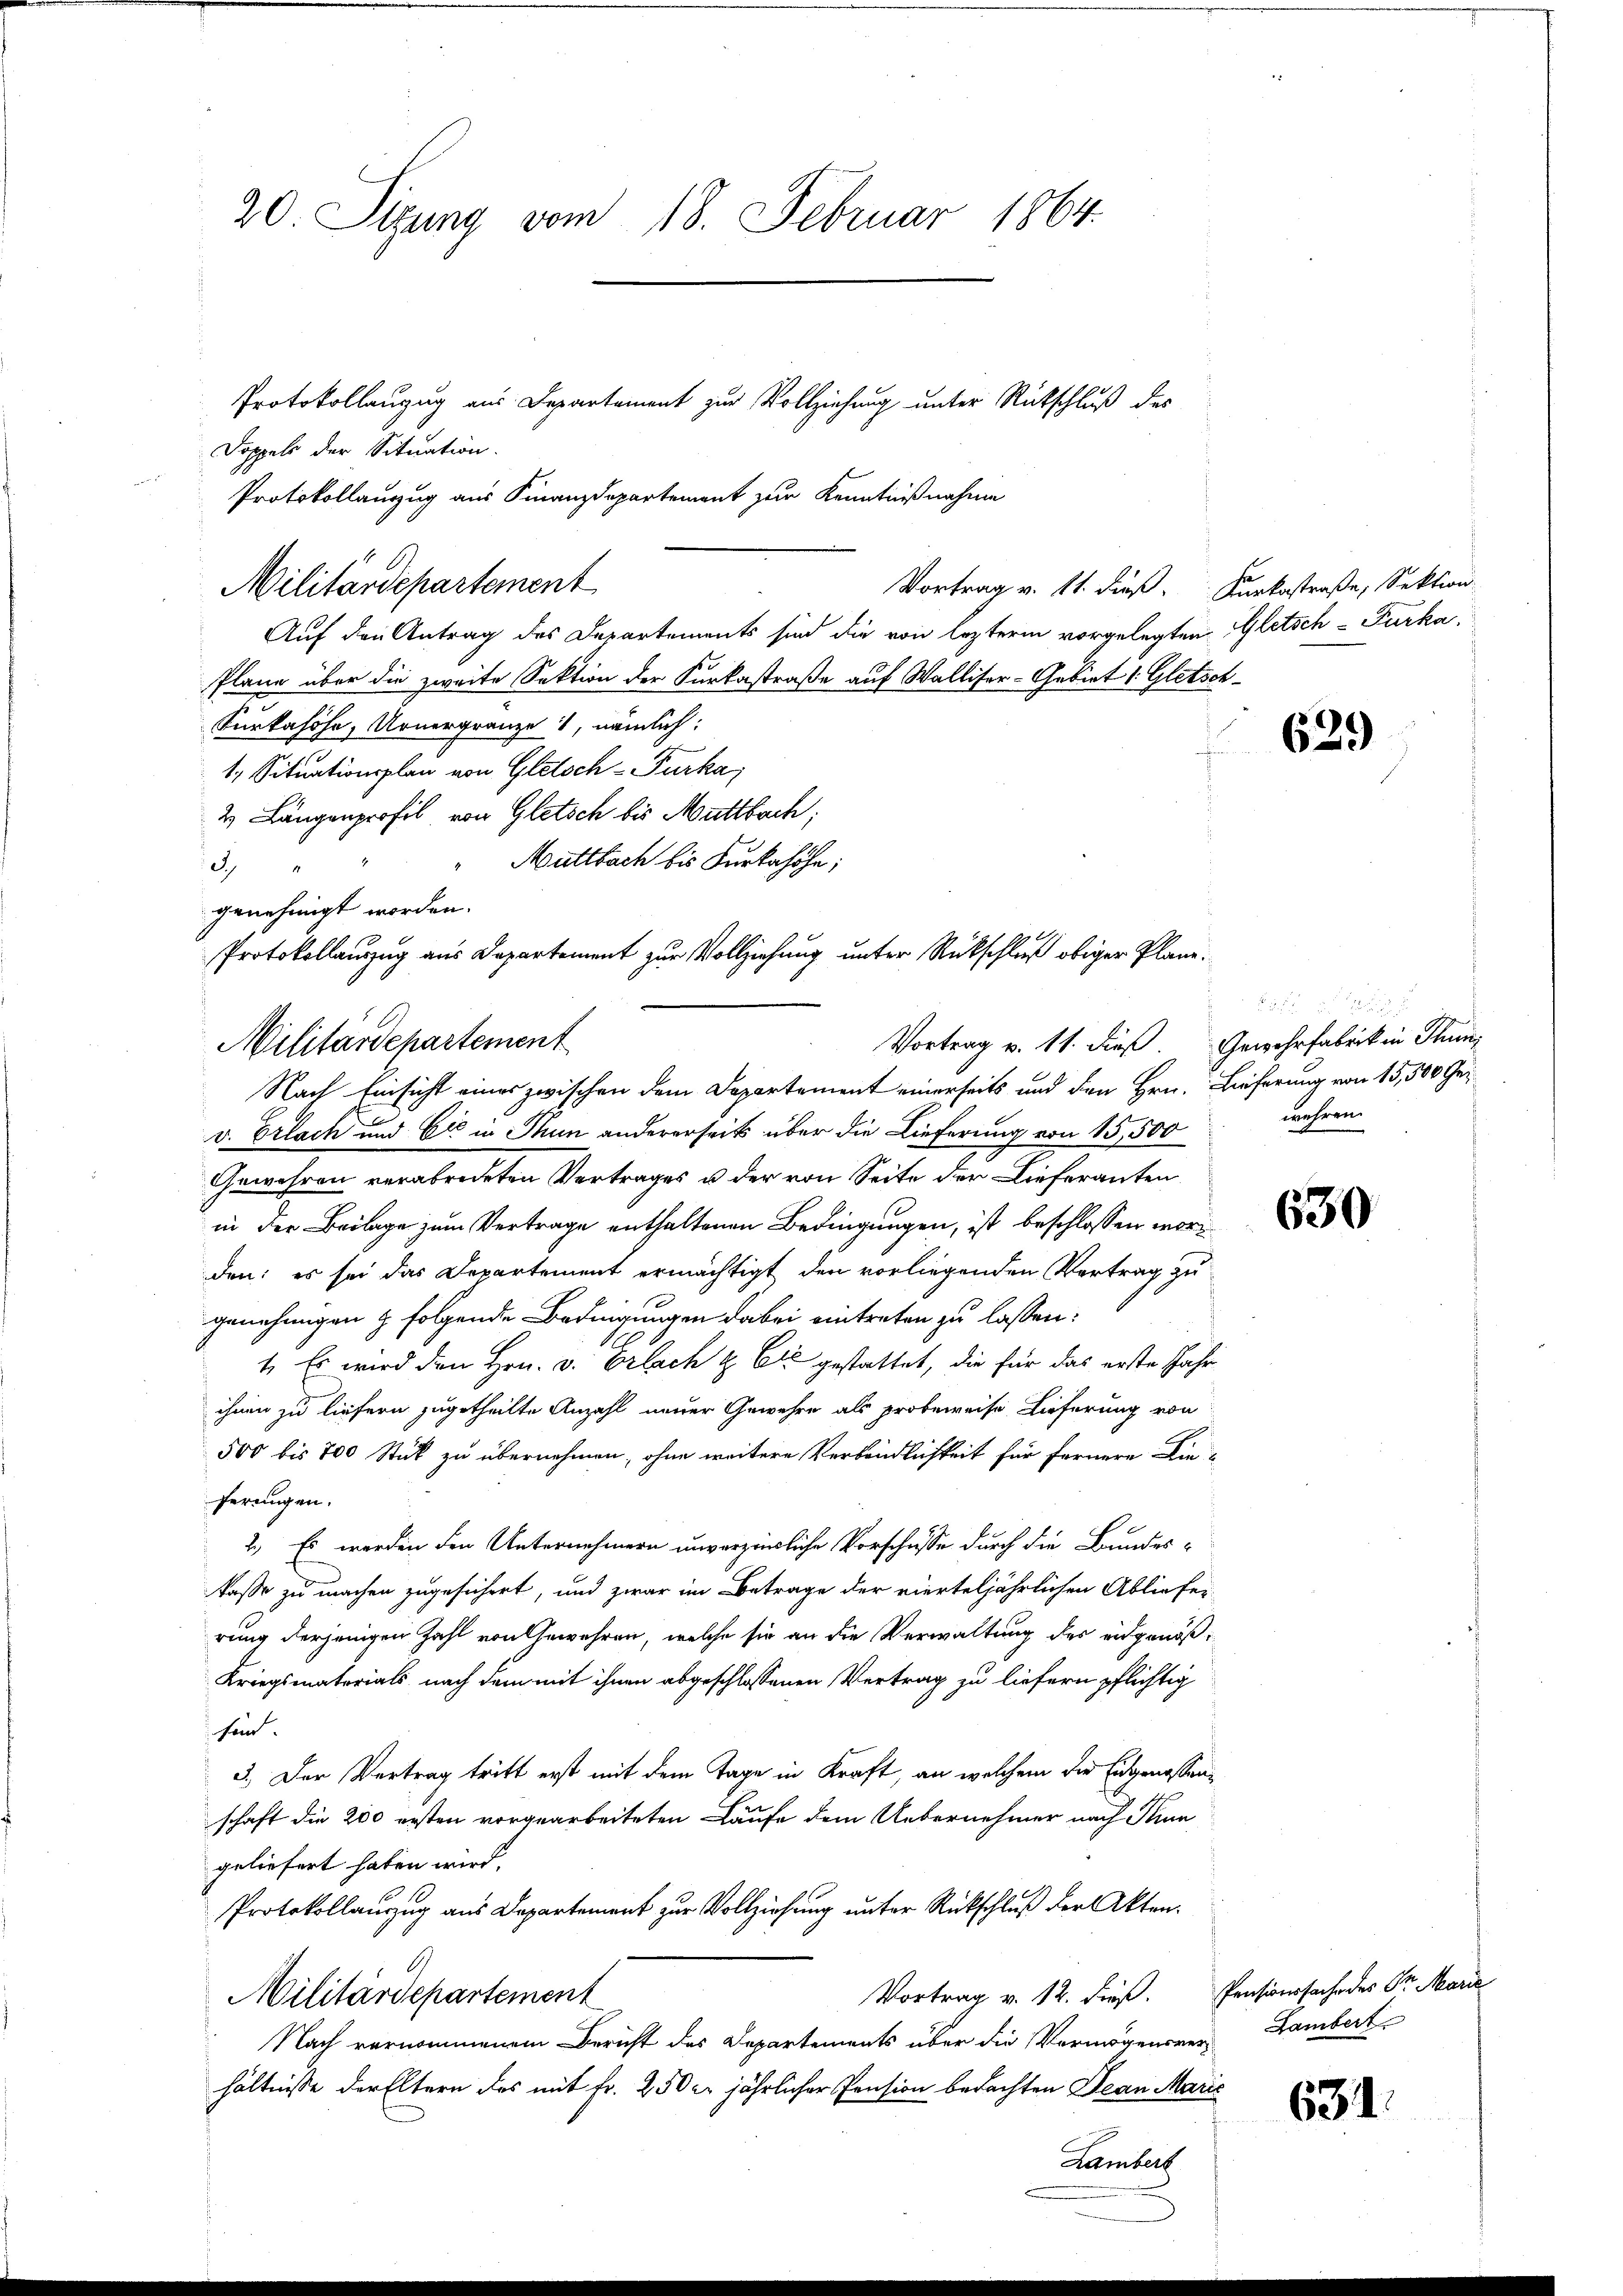
20 Sizung vom 18. Februar 1864.
Protokollauzug aus Departement zur Vollziehung unter Rückschluß des
Doppels der Situation.

Protokollauszug aus Finanzdepartement zur Kenntnißnahme
Auf den Antrag des Departements sind die von lezterm vorgelegten Gletsch-Furka,
Plane über die zweite Sektion der Kurkastraße auf Walliser-Gebiet 1. Gletsch¬
Surkahöhe, Urnergränze 1, nämlich:
e
1. Situationsplan von Gletsch - Furka,
2. Längenprofil von Gletsch bis Mattbach;
" Müttbach bis Furkahöhe;
3)
genehmigt worden.
Protokollauszug aus Departement zur Vollziehung unter Rückschluß obiger Plane.

Militärdepartement

Vortrag v. 11. dieß Karkastraße, Sektion

Vortrag v. 11. dieß Gewehrfabrik in Thun,
Militärdepartement
Nach Einsicht eines zwischen dem Departement einerseits und den Hrn. Lieferung von 15,500 Ge¬

v. Erlach und Eić in Thun andererseits über die Lieferung von 15,500
Gewehren verabredeten Vertrages u der von Seite der Lieferanten
in der Beilage zum Vertrage enthaltenen Bedingungen, ist beschlossen worden: es sei das Departement ermächtigt den vorliegenden Vertrag zu
genehmigen & folgende Bedingungen dabei eintreten zu lassen:
1. Es wird den Hrn. v. Orlach & Cie gestattet, die für das erste Jahr
ihnen zu liefern zugetheilte Anzahl neuer Gewehre als probeweise Lieferung von
500 bis 700 Stück zu übernehmen, ohne weitere Verbindlichkeit für fernere Die-
ferungen.
2. Es werden den Unternehmern unverzinsliche Vorschüsse durch die Bundes-
kasse zu machen zugesichert, und zwar im Betrage der vierteljährlichen Abliefer
rung derjenigen Zahl von Gewehren, welche sie an die Verwaltung des eidgenöß¬
Kriegsmatorials nach dem mit ihnen abgeschlossenen Vertrag zu liefern pflichtig
sind.
3.) Der Vertrag tritt erst mit dem Tage in Kraft, an welchem die Eidgenossenschaft die 200 ersten vorgearbeiteten Laufe dem Uebernehmer nach Thun
geliefert haben wird.
Protokollanzug aus Departement zur Vollziehung unter Rückschluß der Akten¬
Vortrag v. 12. dieß. Pensionssache des Dr. Marie
Militärdepartement
Nach vernommenem Bericht des Departements über die Vermögensrer Lambert
hältnisse der Eltern des mit Fr. 250 er jährlicher Pension bedachten Jean Marić
Lambert

629

a
wehren.

630

631.